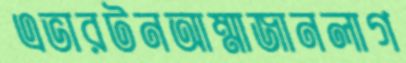
এভারটনআম্মাজানলাগ